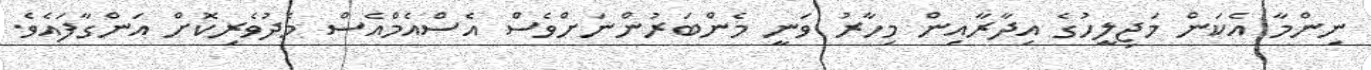
ނިންމާ އެކަން މަޖިލީހުގެ އިދާރާއިން މިހާރު ވަނީ މެންބަރުންނަށްވެސް އެސްއެެމްއެސް މެދުވެރިކޮށް އަންގާފައެވެ.